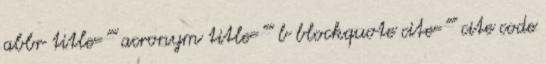
abbr title="" acronym title="" b blockquote cite="" cite code